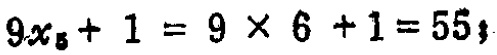
$9x_{5}+1 = 9\times 6 +1=55;$